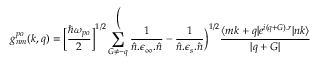
g _ { n m } ^ { p o } ( k , q ) = \bigg [ \frac { \hbar \omega _ { p o } } { 2 } \bigg ] ^ { 1 / 2 } \sum _ { G \neq - q } ^ \bigg ( \frac { 1 } { \hat { n } . \epsilon _ { \infty } . \hat { n } } - \frac { 1 } { \hat { n } . \epsilon _ { s } . \hat { n } } \bigg ) ^ { 1 / 2 } \frac { \langle m k + q | e ^ { i ( q + G ) . \boldsymbol { r } } | n k \rangle } { | q + G | }